Holstre_vallavalitsus, lk 65
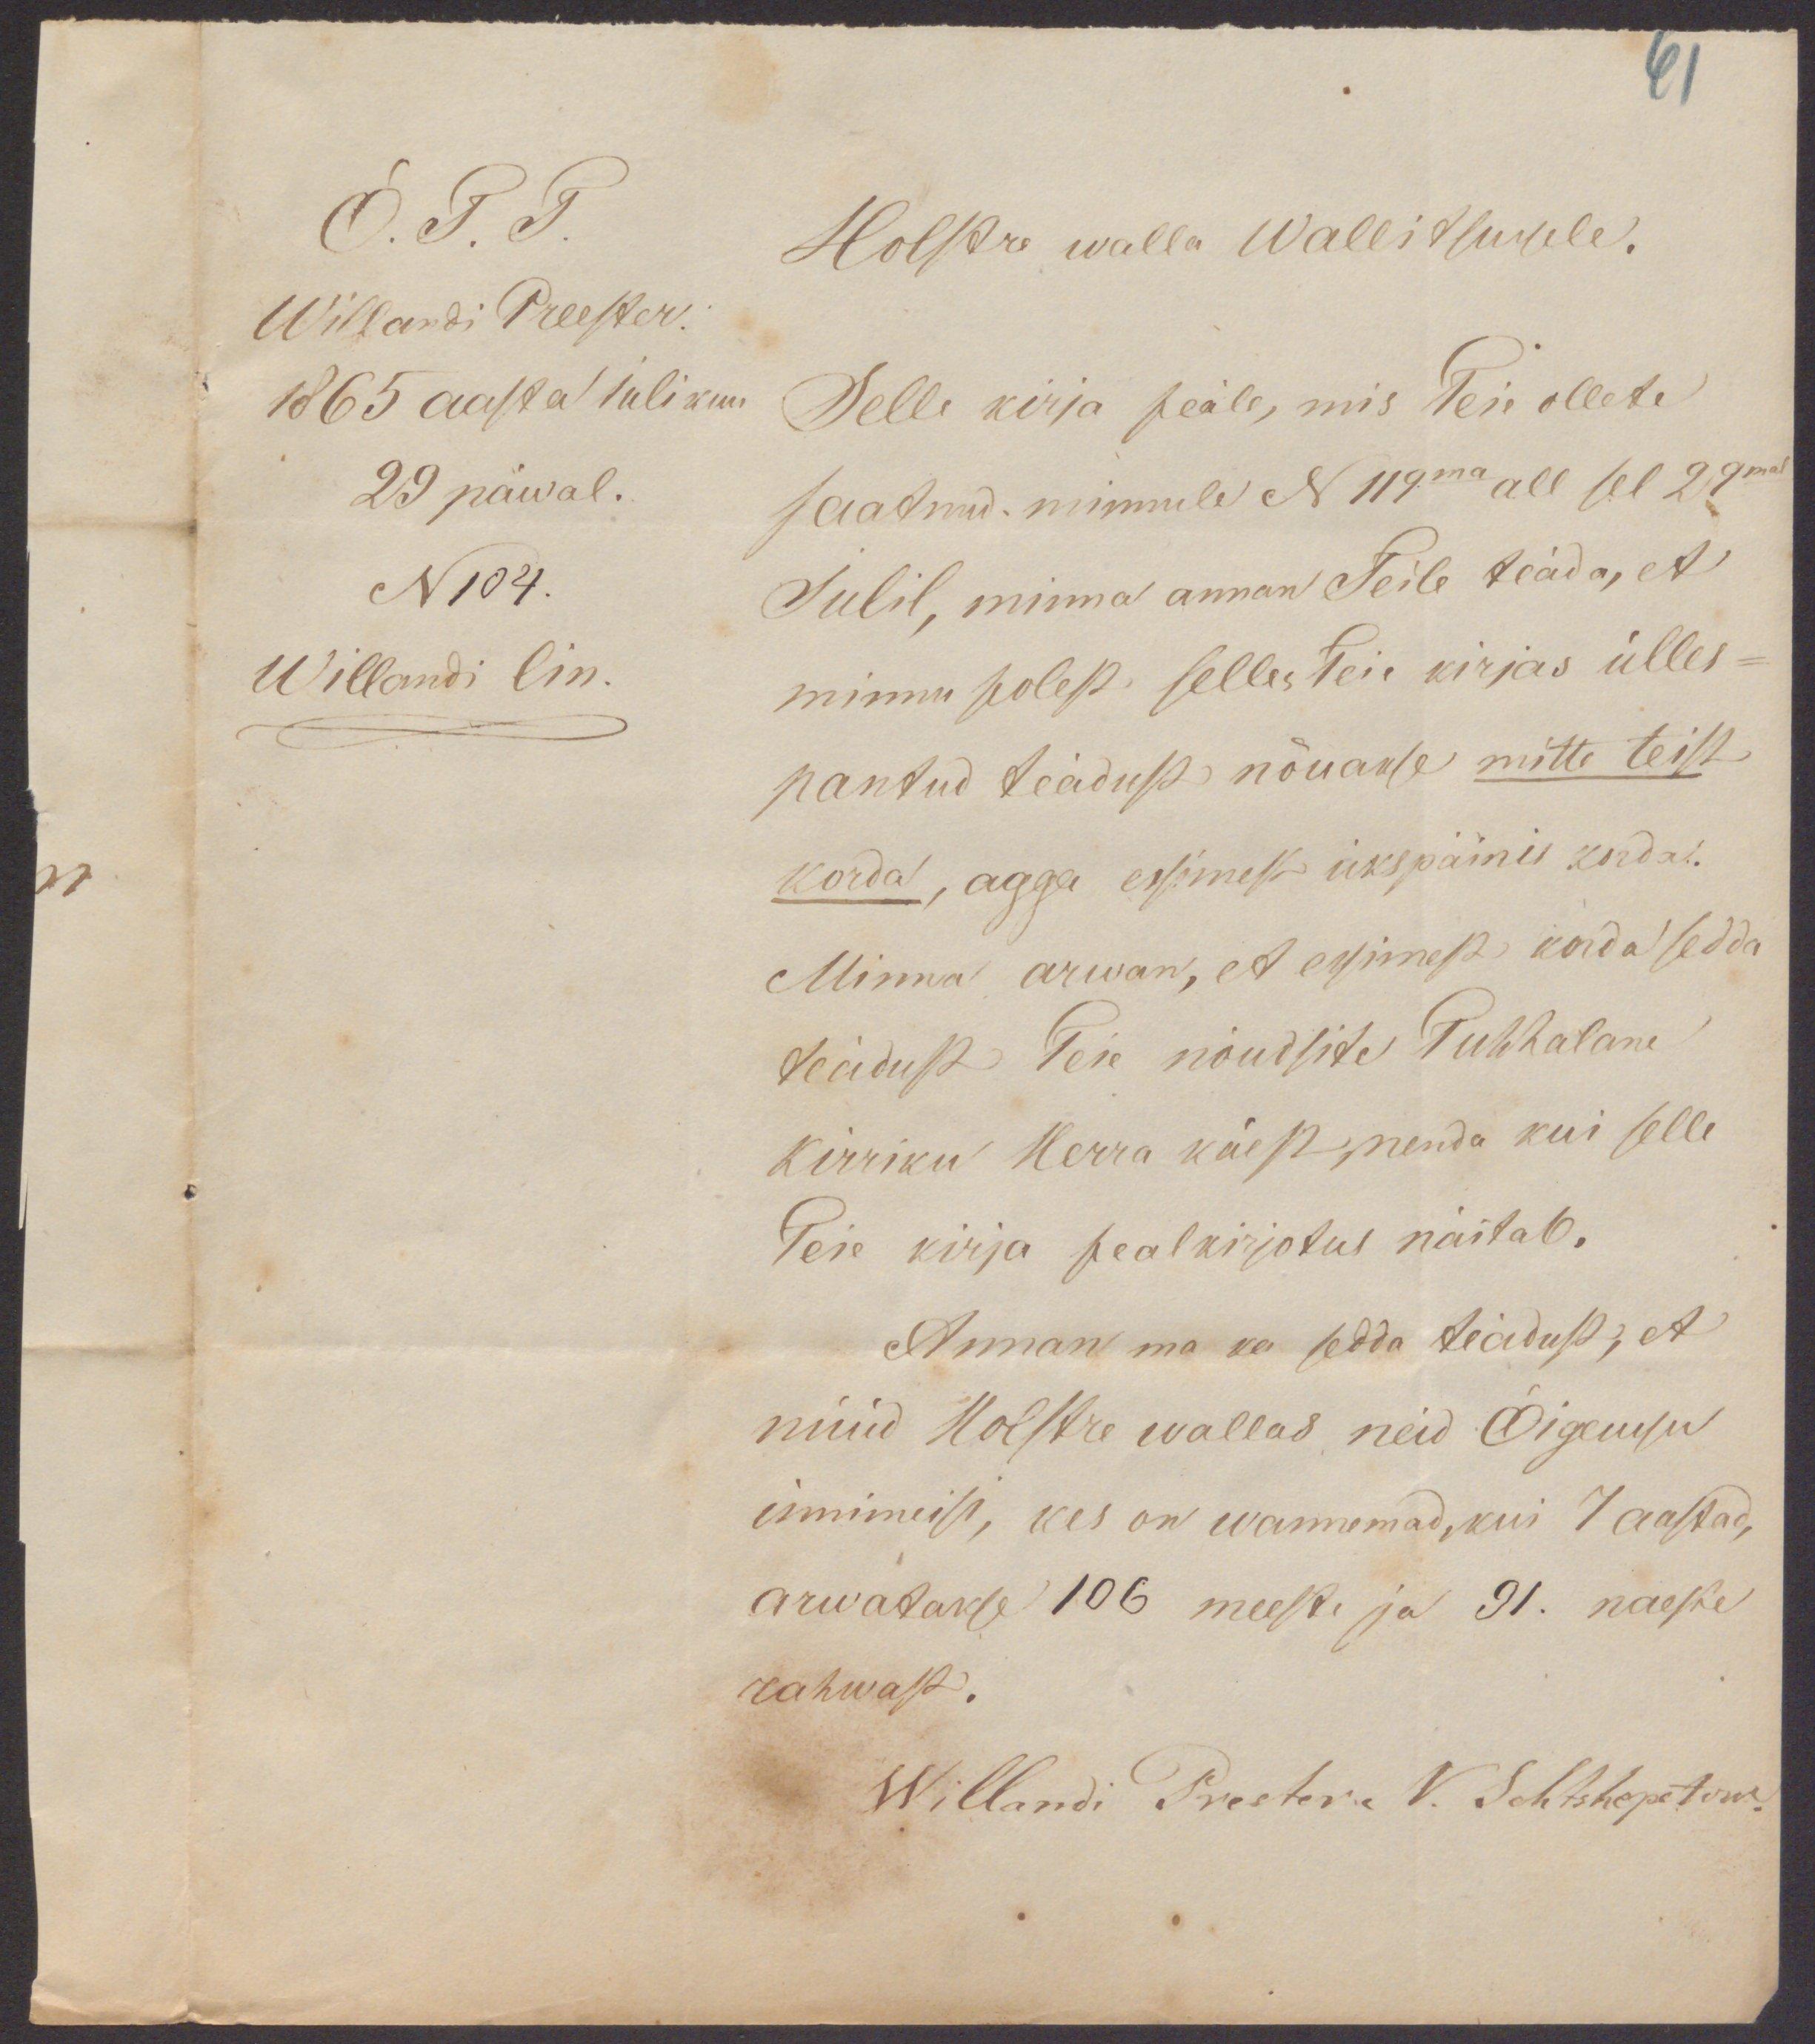
41
Õ. P. P.
Holstre walla Wallitsussele.
Willandi Preester.
1865 aasta iulikuu
29 päwal.
N 104.
Willandi lin.
Selle kirja peäle, mis Teie ollete
saatnud. minnule N 119ma all sel 29mal
Julil, minna annan Teile teäda, et
minnu polest selles Teie kirjas ülles-
pantud teädust nõuakse mitte teist
korda, agga essimest ükspäinis korda.
Minna arwan, et essimest korda sedda
teädust Teie nõudsite Tuhhalane
Kirriku Herra käest, nenda kui selle
Teie kirja pealkirjotus näitab.
Annan ma ka sedda teädust, et
nüüd Holstre wallas neid Õigeusu
innimeisi, kes on wannemad, kui 7 aastad,
arwatakse 106 meeste ja 91. naeste
rahwast.
Willandi Prester N. Schtshepetow.